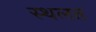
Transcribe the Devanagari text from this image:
स्थलत